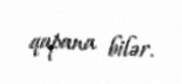
qapana bilər.